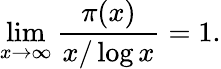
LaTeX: \operatorname*{lim}_{x\to\infty}{\frac{\pi(x)}{x/\log x}}=1.